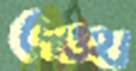
দেওহা